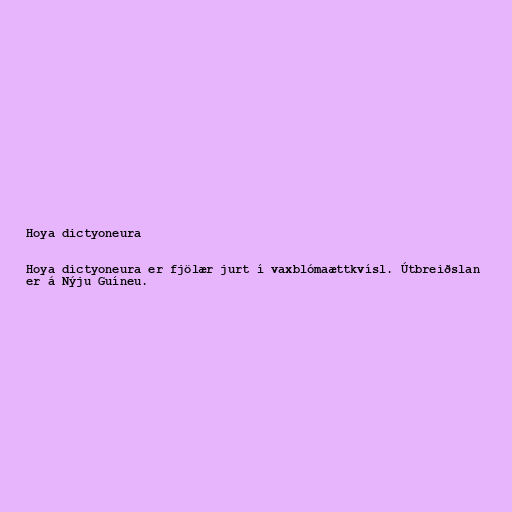
Hoya dictyoneura

Hoya dictyoneura er fjölær jurt í vaxblómaættkvísl. Útbreiðslan
er á Nýju Guíneu.